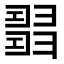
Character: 𢑰